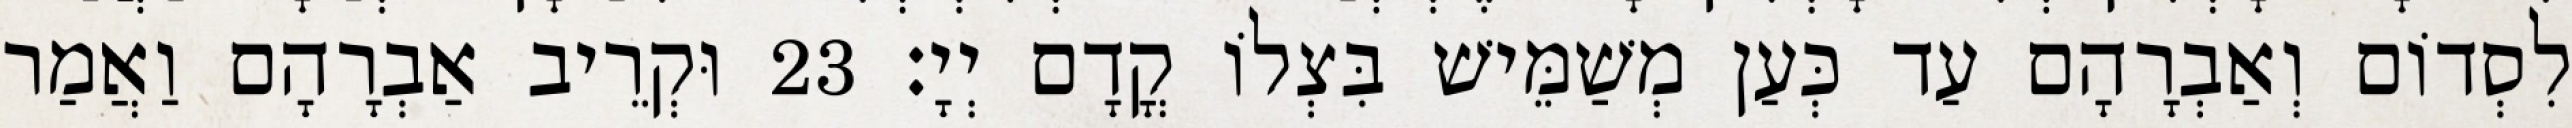
לִסְדוֹם וְאַבְרָהָם עַד כְּעַן מְשַׁמֵּישׁ בִּצְלוֹ קֳדָם יְיָ׃ 23 וּקְרֵיב אַבְרָהָם וַאֲמַר